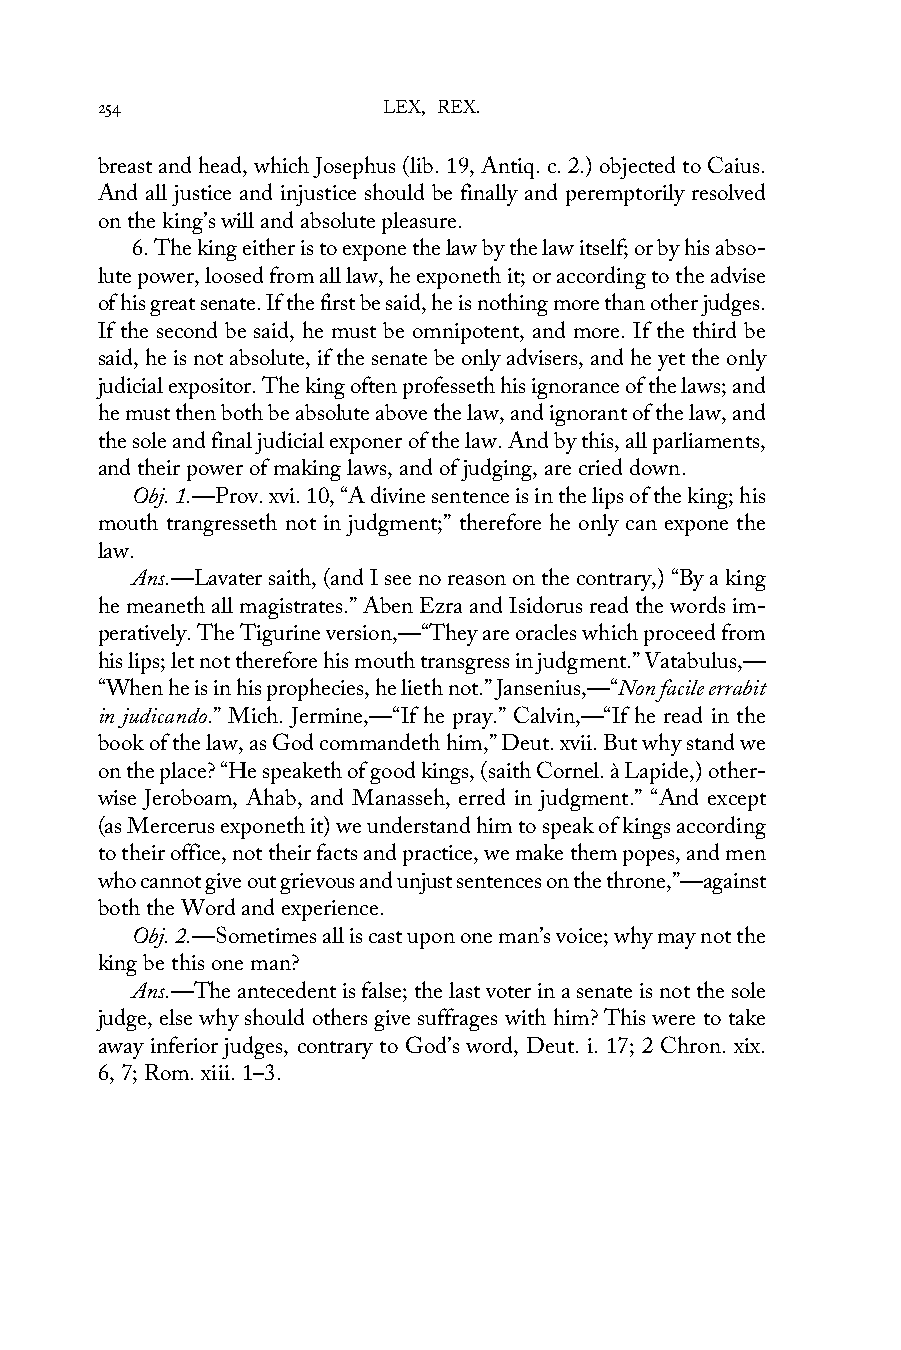
254                LEX, REX.
 breast and head, which Josephus (lib. 19, Antiq. c. 2.) objected to Caius.
 And all justice and injustice should be finally and peremptorily resolved
 on the king’s will and absolute pleasure.
 6. The king either is to expone the law by the law itself; or by his abso-
 lute power, loosed from all law, he exponeth it; or according to the advise
 of his great senate. If the first be said, he is nothing more than other judges.
 If the second be said, he must be omnipotent, and more. If the third be
 said, he is not absolute, if the senate be only advisers, and he yet the only
 judicial expositor. The king often professeth his ignorance of the laws; and
 he must then both be absolute above the law, and ignorant of the law, and
 the sole and final judicial exponer of the law. And by this, all parliaments,
 and their power of making laws, and of judging, are cried down.
 Obj. 1.—Prov. xvi. 10, “A divine sentence is in the lips of the king; his
 mouth trangresseth not in judgment;” therefore he only can expone the
 law.
 Ans.—Lavater saith, (and I see no reason on the contrary,) “By a king
 he meaneth all magistrates.” Aben Ezra and Isidorus read the words im-
 peratively. The Tigurine version,—“They are oracles which proceed from
 his lips; let not therefore his mouth transgress in judgment.” Vatabulus,—
 “When he is in his prophecies, he lieth not.” Jansenius,—“Non facile errabit
 in judicando.” Mich. Jermine,—“If he pray.” Calvin,—“If he read in the
 book of the law, as God commandeth him,” Deut. xvii. But why stand we
 on the place? “He speaketh of good kings, (saith Cornel. à Lapide,) other-
 wise Jeroboam, Ahab, and Manasseh, erred in judgment.” “And except
 (as Mercerus exponeth it) we understand him to speak of kings according
 to their office, not their facts and practice, we make them popes, and men
 who cannot give out grievous and unjust sentences on the throne,”—against
 both the Word and experience.
 Obj. 2.—Sometimes all is cast upon one man’s voice; why may not the
 king be this one man?
 Ans.—The antecedent is false; the last voter in a senate is not the sole
 judge, else why should others give suffrages with him? This were to take
 away inferior judges, contrary to God’s word, Deut. i. 17; 2 Chron. xix.
 6, 7; Rom. xiii. 1–3.